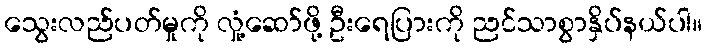
သွေးလည်ပတ်မှုကို လှုံ့ဆော်ဖို့ ဦးရေပြားကို ညင်သာစွာနှိပ်နယ်ပါ။